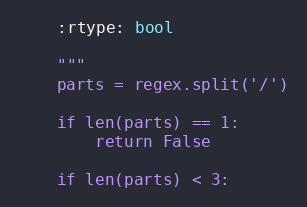
Language: Python
    :rtype: bool

    """
    parts = regex.split('/')

    if len(parts) == 1:
        return False

    if len(parts) < 3: